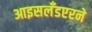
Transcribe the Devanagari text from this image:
आइसलँडएरने